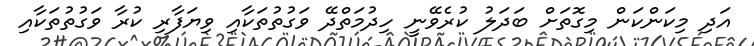
އަދި މިކަންކަން މިގޮތަށް ބަދަލު ކުރެވޭނީ ހިދުމަތްދޭ ވަގުތުތަކާއި ވިޔަފާރި ކުރާ ވަގުތުތަކާއި